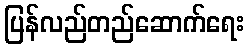
ပြန်လည်တည်ဆောက်ရေး